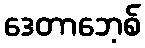
ဒေတာဘေ့စ်